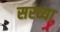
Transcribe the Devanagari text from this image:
सरव्या